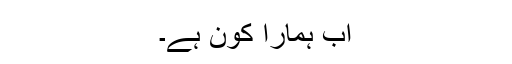
اب ہمارا کون ہے۔